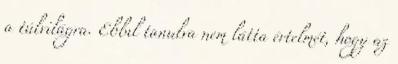
a túlvilágra. Ebbıl tanulva nem látta értelmét, hogy az